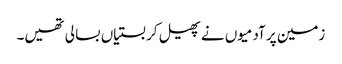
زمین پر آدمیوں نے پھیل کر بستیاں بسا لی تھیں۔